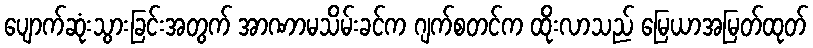
ပျောက်ဆုံးသွားခြင်းအတွက် အာဏာမသိမ်းခင်က ဂျက်စတင်က ထိုးလာသည် မြေယာအမြတ်ထုတ်